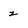
Character: z